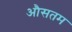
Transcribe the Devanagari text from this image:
औसतम